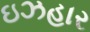
ઇઝહાર